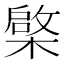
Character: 𣘼